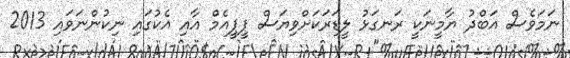
ނަމަވެސް އަބްދު ޔާމީނަކީ ރަނގަޅު ލީޑަރަކަށްވިޔަސް ޕީޕީއެމް އާއި އެކުގައި ނިކުންނަވައި 2013